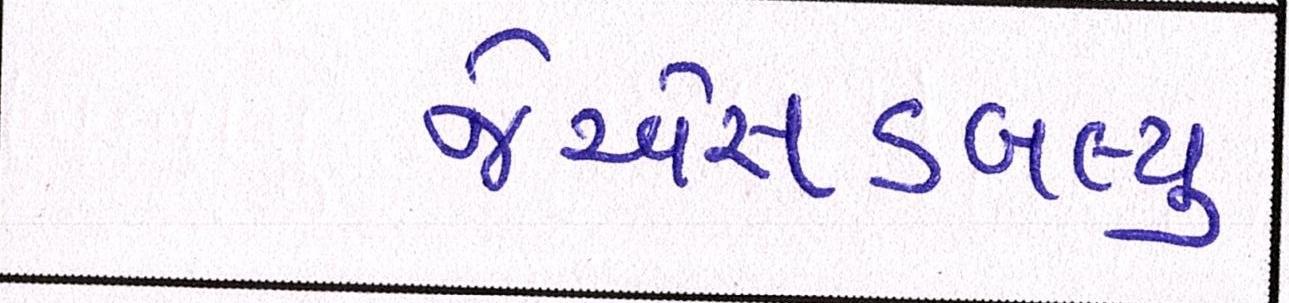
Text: જેએસડબલ્યુ